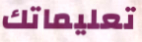
تعليماتك